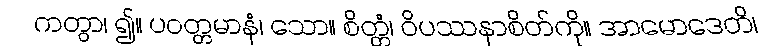
ကတွာ၊ ၍။ ပဝတ္တမာနံ၊ သော။ စိတ္တံ၊ ဝိပဿနာစိတ်ကို။ အာမောဒေတိ၊